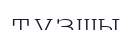
тұзщы